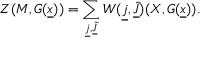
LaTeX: Z ( M , G ( \underline { { x } } ) ) = \sum _ { \underline { { j } } , \underline { { { \tilde { J } } } } } W ( \underline { { j } } , \underline { { { \tilde { J } } } } ) ( X , G ( \underline { { x } } ) ) .